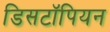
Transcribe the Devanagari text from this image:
डिसटॉपियन